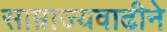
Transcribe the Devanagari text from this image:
साम्राज्यवाढीने